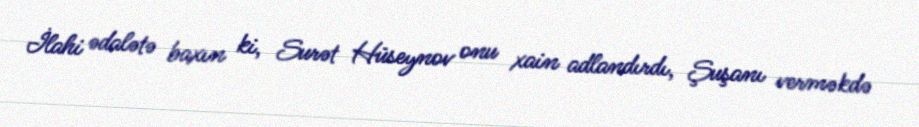
İlahi ədalətə baxın ki, Surət Hüseynov onu xain adlandırdı, Şuşanı verməkdə